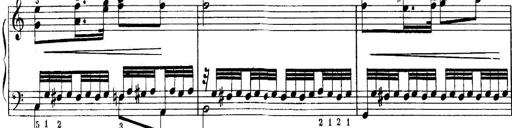
Title: Quatres sonatines
Composer: Tadeusz Joteyko